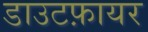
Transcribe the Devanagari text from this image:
डाउटफ़ायर